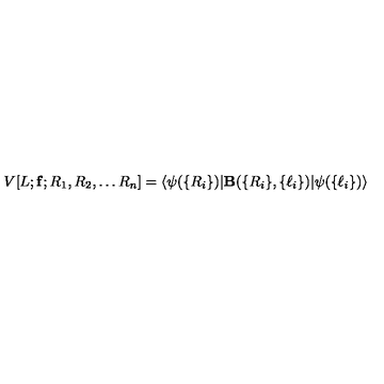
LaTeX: V [ L ; { \bf f } ; R _ { 1 } , R _ { 2 } , \ldots R _ { n } ] = \langle \psi ( \{ R _ { i } \} ) \vert { \bf { B } } ( \{ R _ { i } \} , \{ \ell _ { i } \} ) \vert \psi ( \{ \ell _ { i } \} ) \rangle